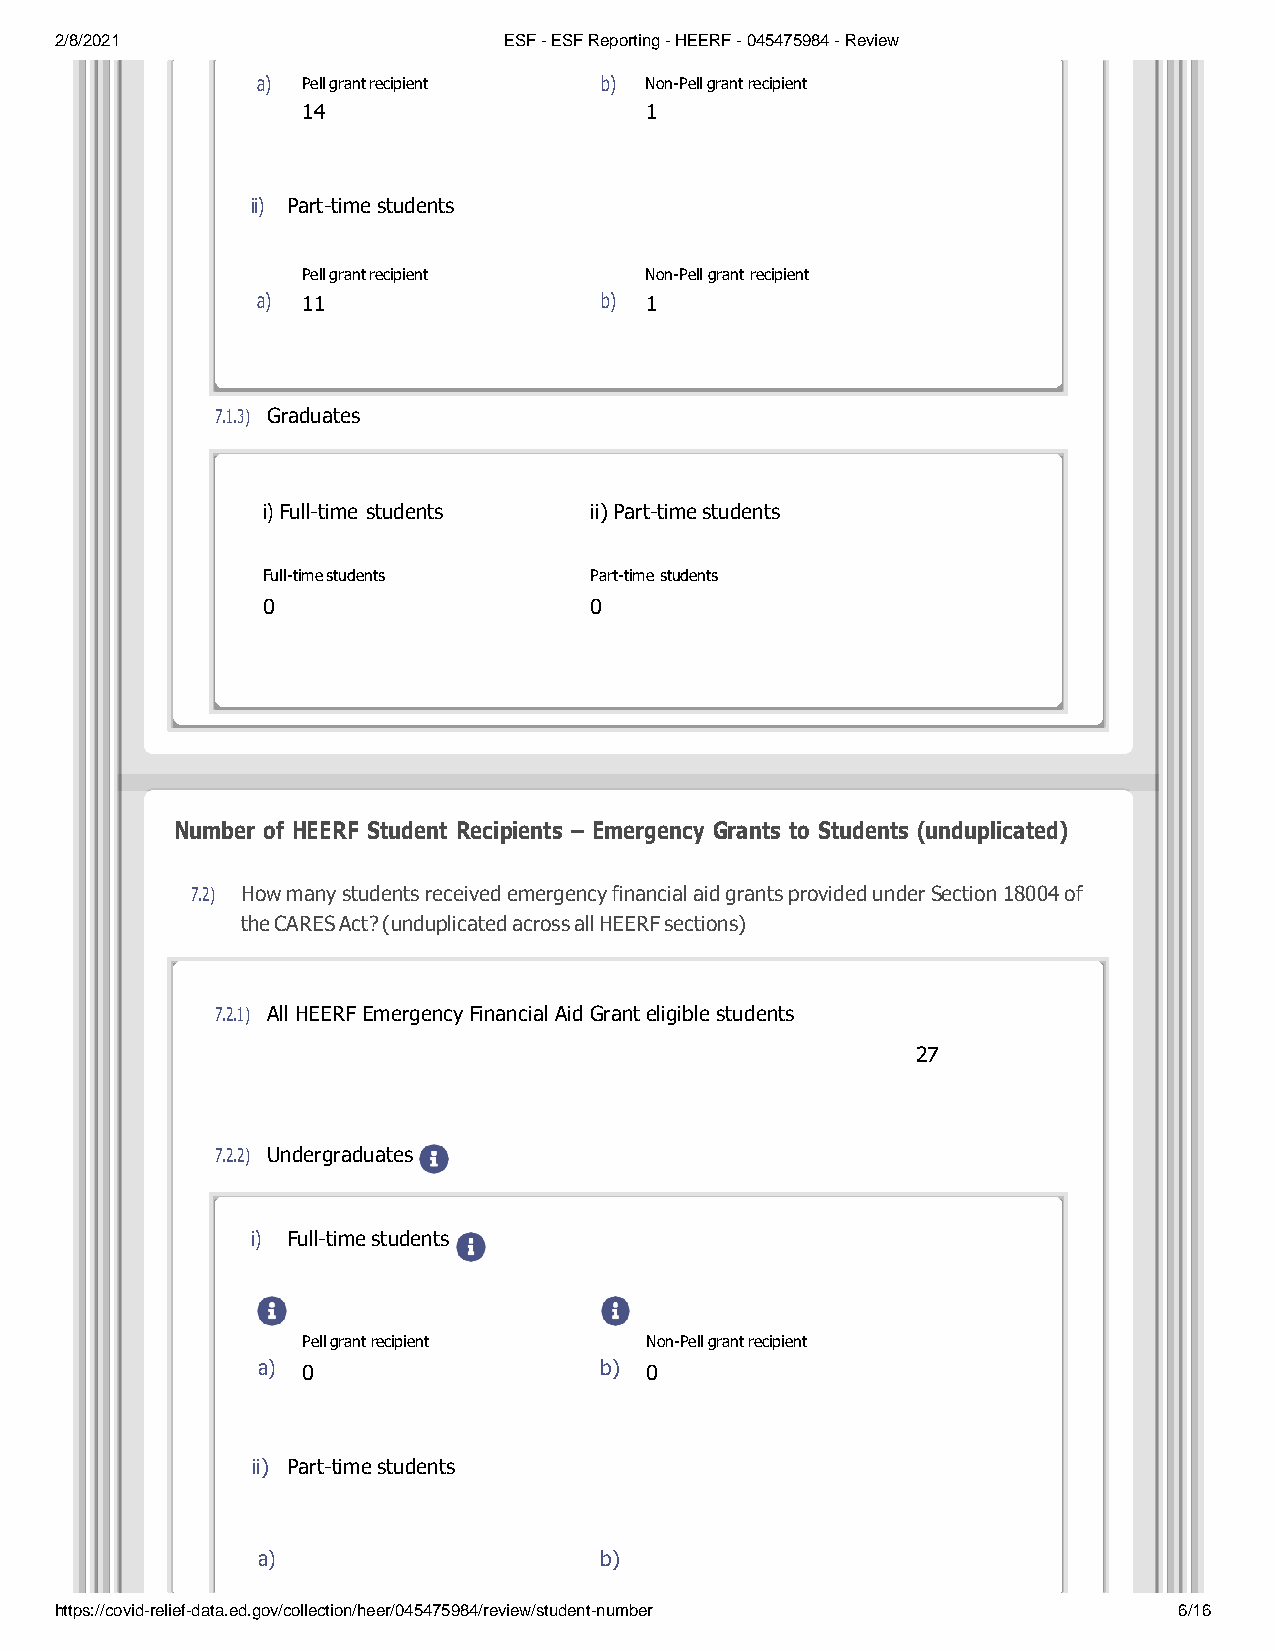
2/8/2021                     ESF - ESF Reporting - HEERF - 045475984 - Review
 a) Pell grant recipient b) Non-Pell grant recipient
 14                     1
 ii) Part-time students
 Pell grant recipient   Non-Pell grant recipient
 a) 11                  b) 1
 7.1.3) Graduates
 i) Full-time students ii) Part-time students
 Full-time students    Part-time students
 0                     0
 Number of HEERF Student Recipients – Emergency Grants to Students (unduplicated)
 7.2) How many students received emergency financial aid grants provided under Section 18004 of
 the CARES Act? (unduplicated across all HEERF sections)
 7.2.1) All HEERF Emergency Financial Aid Grant eligible students
 27
 7.2.2) Undergraduates
 i) Full-time students
 Pell grant recipient   Non-Pell grant recipient
 a) 0                   b) 0
 ii) Part-time students
 a)                     b)
 https://covid-relief-data.ed.gov/collection/heer/045475984/review/student-number 6/16